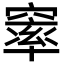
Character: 𮄓